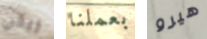
ريكي بعملنا هيرو